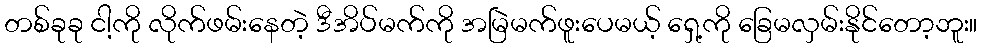
တစ်ခုခု ငါ့ကို လိုက်ဖမ်းနေတဲ့ ဒီအိပ်မက်ကို အမြဲမက်ဖူးပေမယ့် ရှေ့ကို ခြေမလှမ်းနိုင်တော့ဘူး။